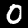
Digit: 0